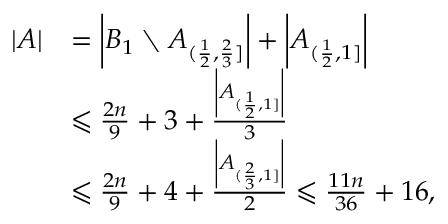
\begin{array} { r l } { | A | } & { = \left| B _ { 1 } \setminus A _ { ( \frac { 1 } { 2 } , \frac { 2 } { 3 } ] } \right| + \left| A _ { ( \frac { 1 } { 2 } , 1 ] } \right| } \\ & { \leqslant \frac { 2 n } { 9 } + 3 + \frac { \left| A _ { ( \frac { 1 } { 2 } , 1 ] } \right| } { 3 } } \\ & { \leqslant \frac { 2 n } { 9 } + 4 + \frac { \left| A _ { ( \frac { 2 } { 3 } , 1 ] } \right| } { 2 } \leqslant \frac { 1 1 n } { 3 6 } + 1 6 , } \end{array}